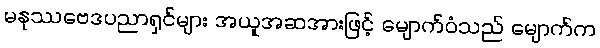
မနုဿဗေဒပညာရှင်များ အယူအဆအားဖြင့် မျောက်ဝံသည် မျောက်က